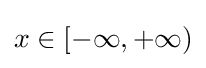
x\in [-\infty ,+\infty )